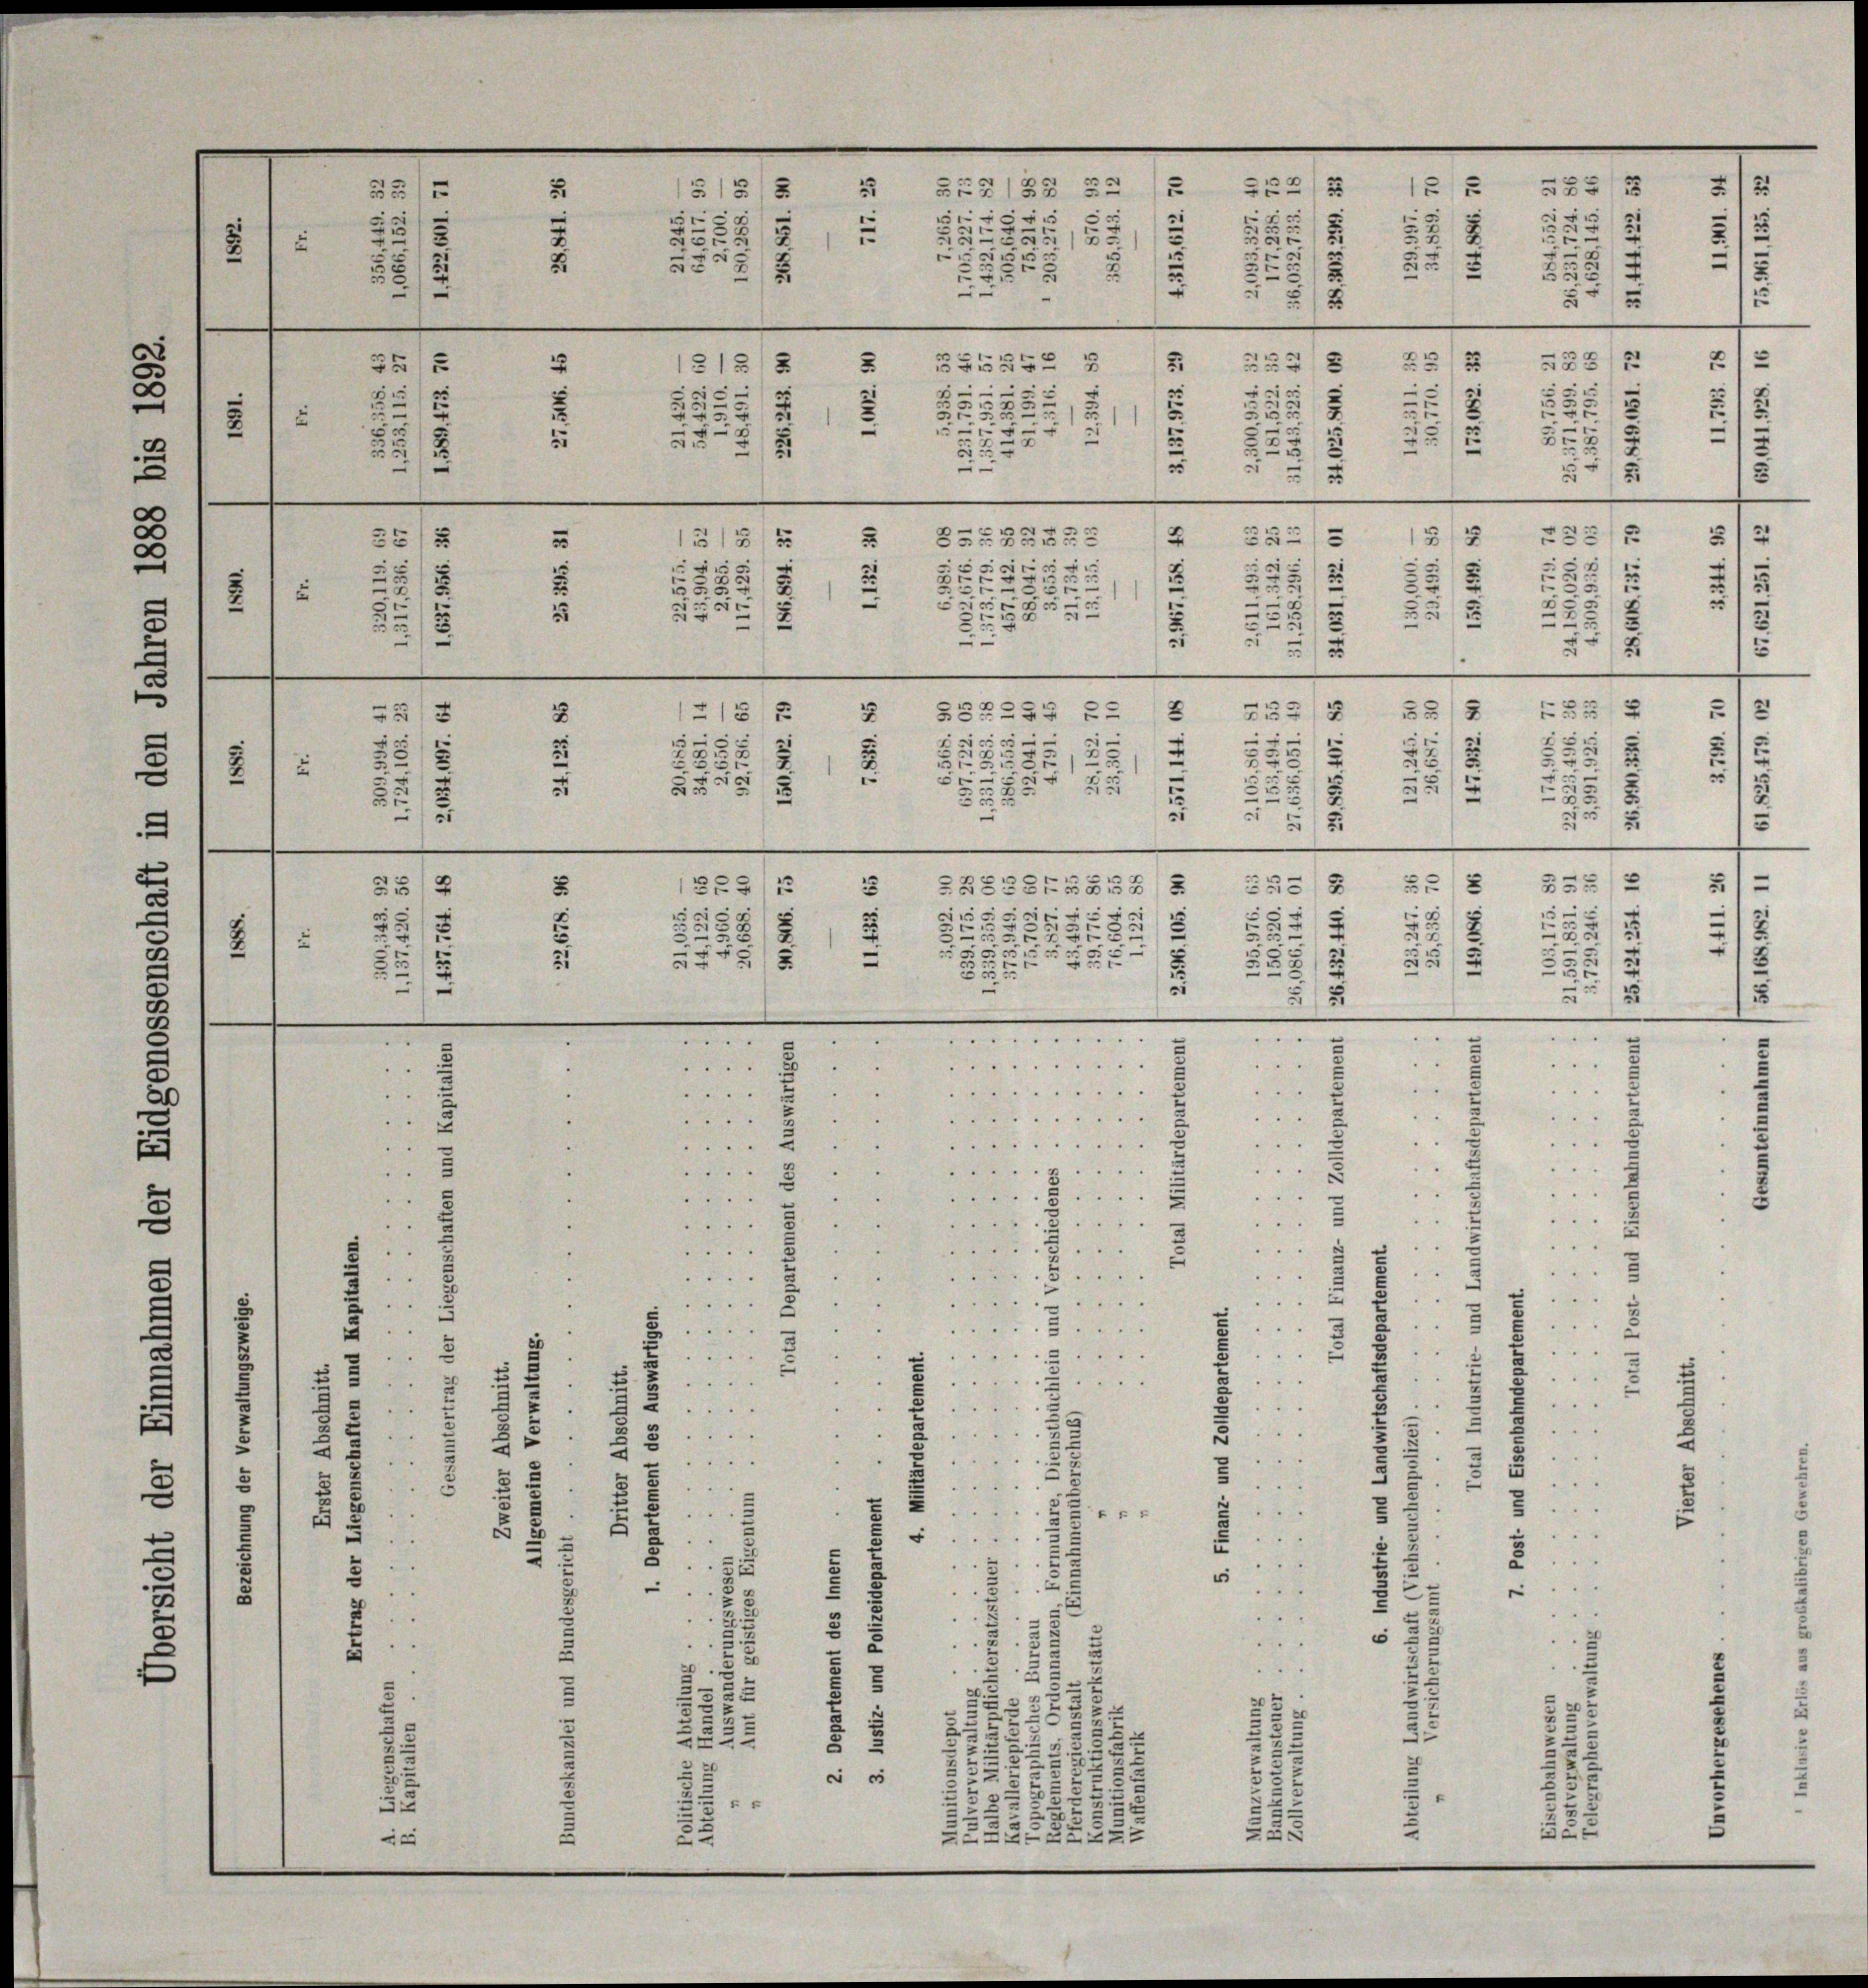
7
.
FE2133 5
2
1
5
e
.
e

¬
2.
22
.
2
f
.
3
2
u
12
72
u
523

2
2
u
u
5
e
“
.
e
e
d
x
2
232
2
55552 5
1213
3
25
32

s
e
2
s
5
.
.
2
u
u
.
u
5
2
1
.
5
e
0

2
.
i
5
2
3. 221
B

n
u
3
2
—
e
e
e
3
2
2
233
3
.
15
3
35
3
3
.
—
1
5
5

s
r
f
u
x
2
2
2
223
2
5
u
2
.
3.
5
e
e
.
3

.
5
5
d
25
.
u
¬
5
2
u
3
e
e
e
e
e
552228 5

.
2
2
7
33
5
5
2
(2132
5
¬
.
1

e
e
e
1
u
.
2
e
2
 2
2
5
u
2
r
3
2
5
2
e
u
1
x
 22
u
u
5
.
g
2
5 f 5
x
x
2.
¬
e
s
2
23
1
2
.
2
u
.
ZBGELENALB 2
x
1
“
.
i
¬

e
5
2
e
5
2
2
2
5
5
e
r
.
2
745

e

5
e
E
25
s
u
5
n
 . . . . . . . . .
".
“
d
.....
.
e
.........
.
.
1
........
.
.
.......
 . .
d
4
. . . . .
.. .
.
e
 . . .
x
.

 . .

8
 " " "
.

¬
.
.
“
5
e
x
.
.
i
u
¬
.

 . . .
2
i
2
2
2
5
2
.
e
3
u
..
2
2
u
2
5
F
5

u
1
.
3.

u
"
8
.
u
2
e
1
e
.
.
1
3
2
.
c
2
.
5
—
u
.
.
2
e
i
2
u.
3
0
i
.
e

.
“
u
15
d
2
2
u
u
5
¬
22
e

2
2
5
25
u
u
u
2
22
27
185
L
e

5

e

u
.
e
5
.
wie
e
1
s
2
.
2
1
¬
i
2
xx
.
e
3
2
u
2
i
e
e
2
53
u
1
3
i
5
i
4
d
.
5
1
.
2
7
u
2
2
2
.
in
t
2
.
e
2
.
u
t
2
d
.
e
2 x
.
.
2

45
2
8
es
i
d
u
.

e
3
u
u

2

s
513

e
e
d
 x

n

e

122

5

e
3 f 0
2
3
i
e
5
2

2
5
.
—

¬